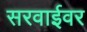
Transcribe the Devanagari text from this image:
सरवाईवर